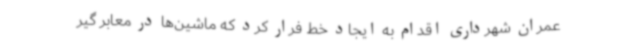
عمران شهرداری اقدام به ایجاد خط فرار کرد که ماشین‌ها در معابر گیر